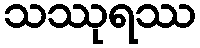
သဿုရဿ